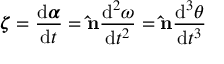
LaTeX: { \boldsymbol { \zeta } } = { \frac { \mathrm { { d } } { \boldsymbol { \alpha } } } { \mathrm { { d } } t } } = \mathbf { \hat { n } } { \frac { \mathrm { { d } } ^ { 2 } \omega } { \mathrm { { d } } t ^ { 2 } } } = \mathbf { \hat { n } } { \frac { \mathrm { { d } } ^ { 3 } \theta } { \mathrm { { d } } t ^ { 3 } } }